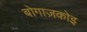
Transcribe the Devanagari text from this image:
बोगाज़कोइ